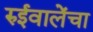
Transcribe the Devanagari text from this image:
रुईवालेंचा